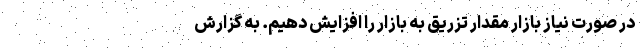
در صورت نیاز بازار مقدار تزریق به بازار را افزایش دهیم. به گزارش